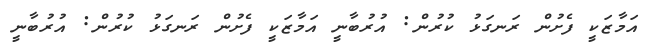
އަމާޒަކީ ފެށުން ރަނގަޅު ކުރުން: އުރުބާނީ އަމާޒަކީ ފެށުން ރަނގަޅު ކުރުން: އުރުބާނީ